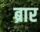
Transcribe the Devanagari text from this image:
ब्रार